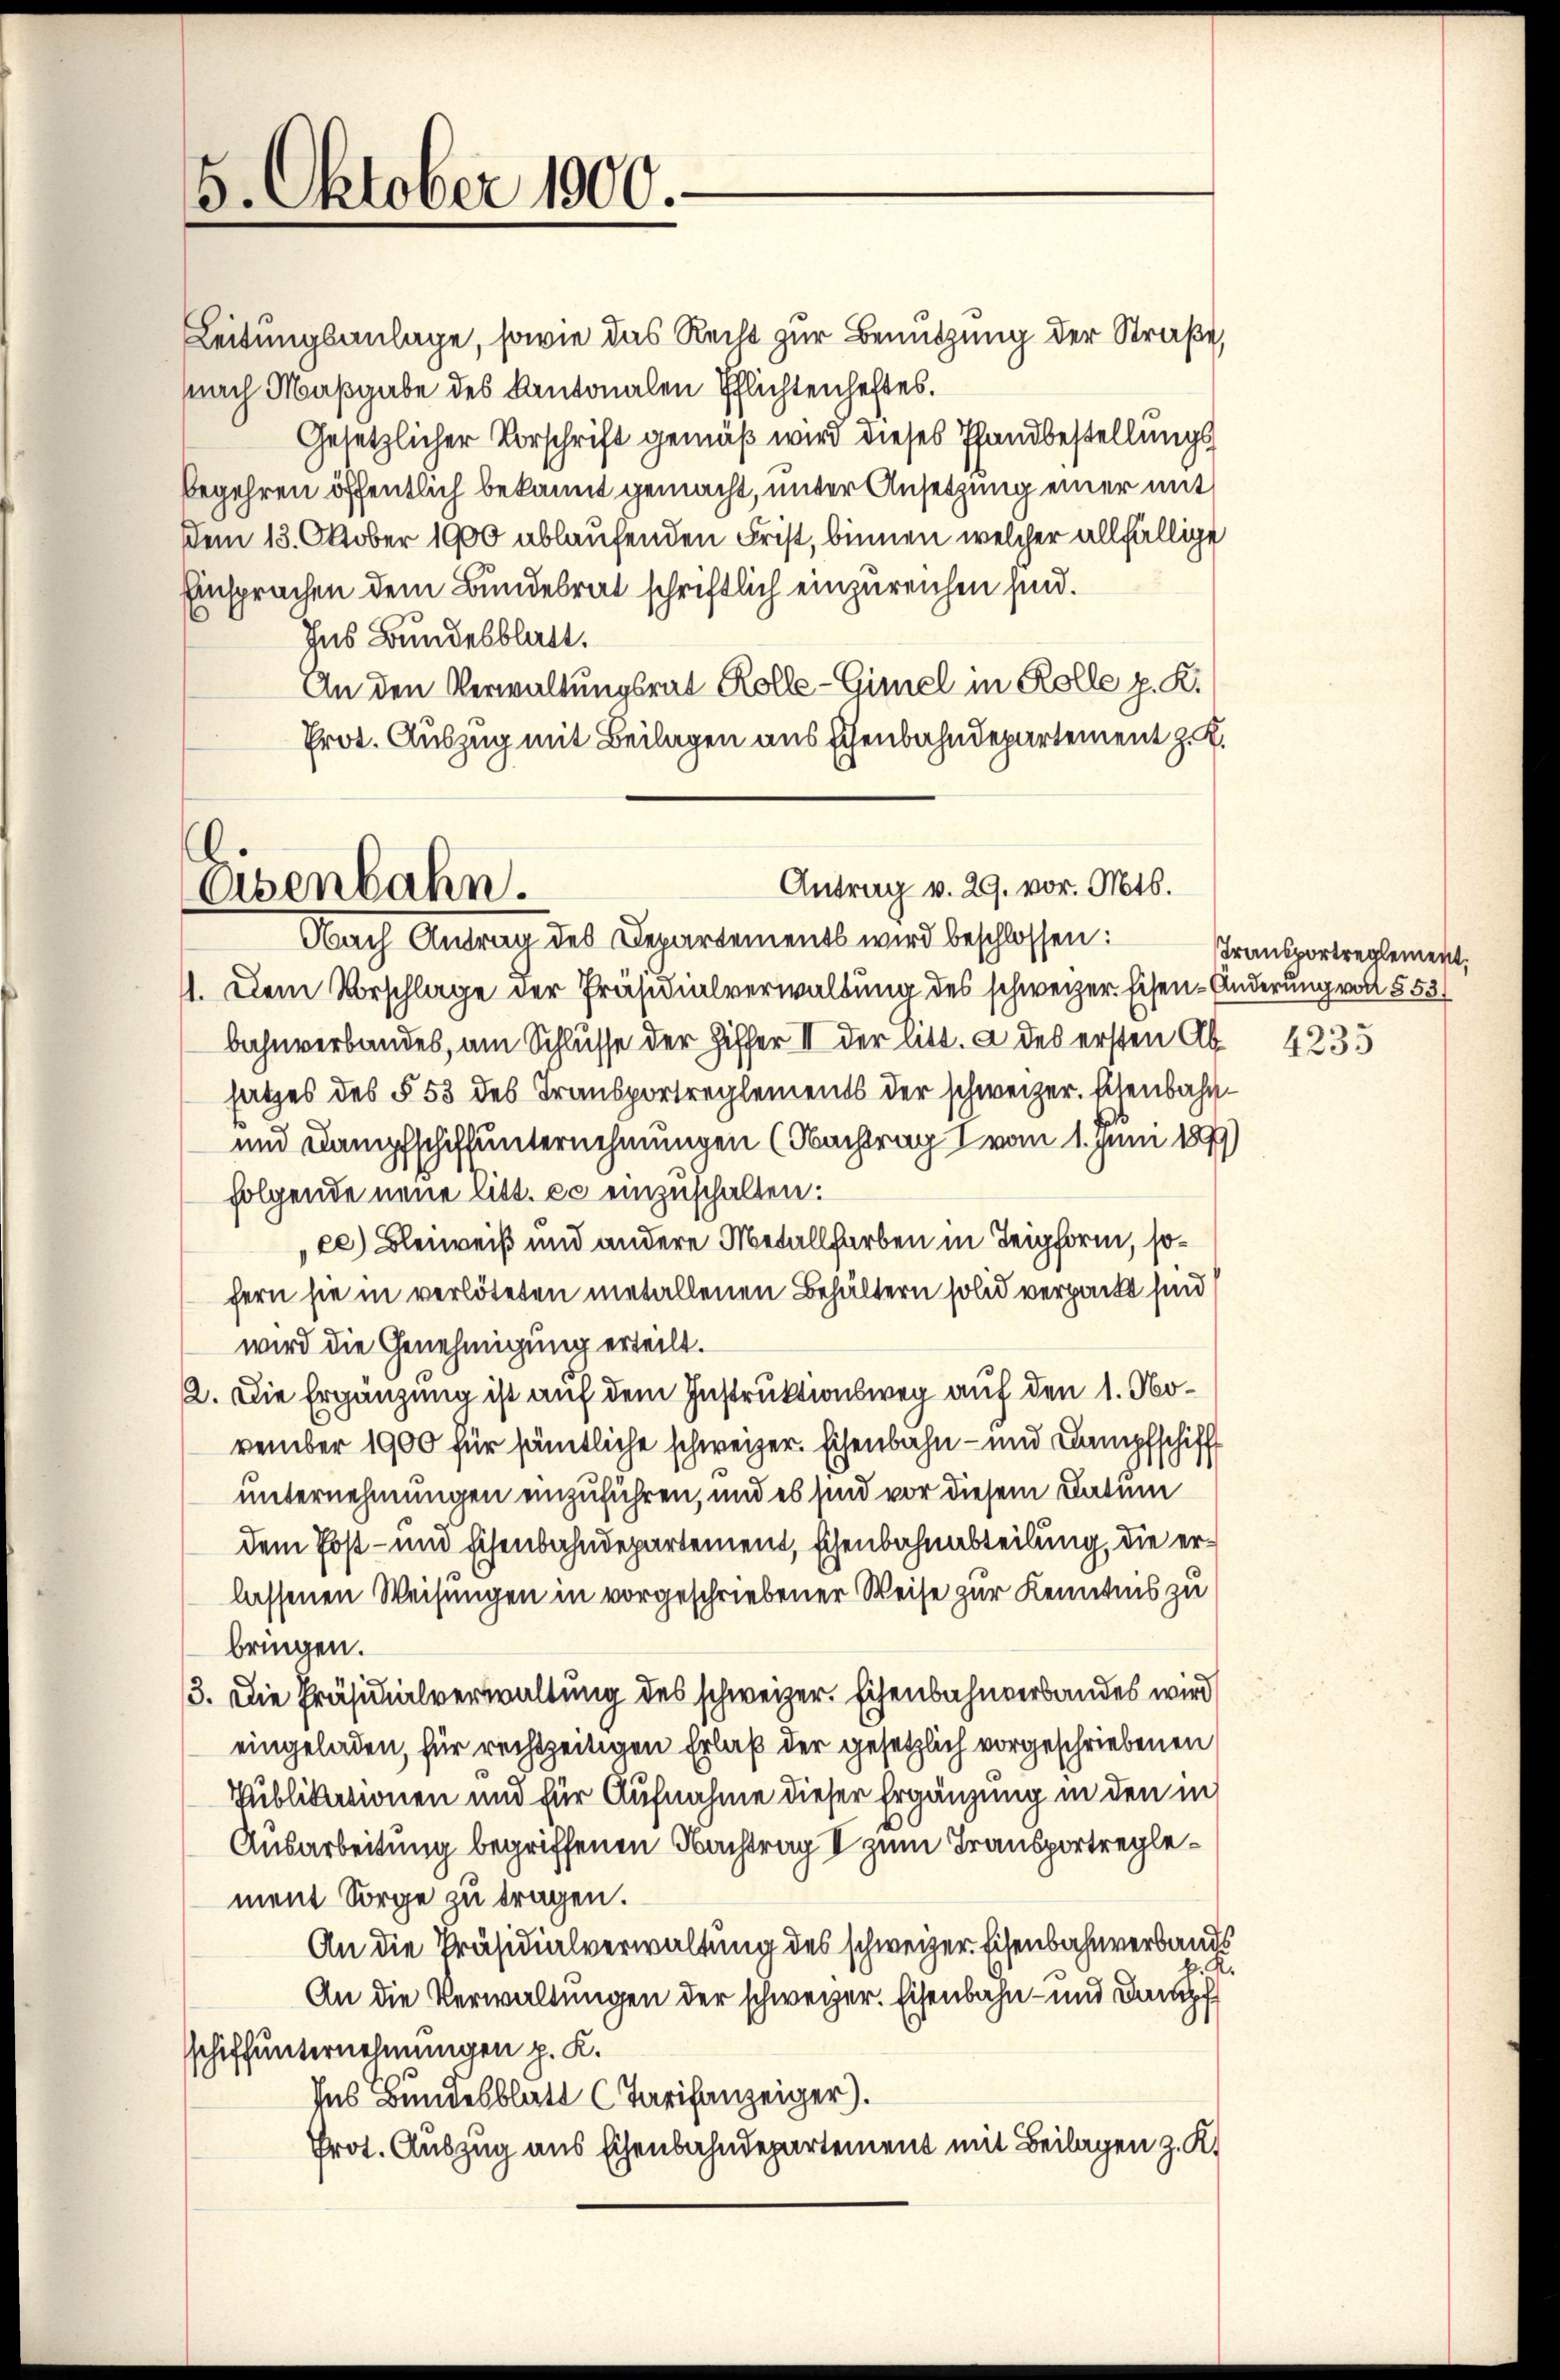
6. Oktober 1900.

Leitungsanlage, sowie das Recht zur Benutzung der Straße,
nach Maßgabe des Kantonalen Pflichtenheftes.
Gesetzlicher Vorschrift gemäß wird dieses Pfandbestellungsbegehren öffentlich bekannt gemacht, unter Ansetzung einer mit
dem 13. Oktober 1900 ablaufenden Frist, binnen welcher allfällige
Einsprachen dem Bundesrat schriftlich einzureichen sind.
Ins Bundesblatt.
An den Verwaltungsrat Kolle-Gimel in Rolle p. K.
Prot. Auszug mit Beilagen aus Eisenbahndepartement z. K.
.

Antrag v. 29. vor. Mts.
Osenbahn.
Nach Antrag des Departements wird beschlossen:

11. Dem Vorschlage der Präsidialverwaltung des schweizer. Eisen-Anderung von § 53
bahnverbandes, am Schlüsse der Ziffer II der litt. a des ersten Ab 4235
satzes des § 53 des Transportreglements der schweizer. Eisenbahn¬
und Dampfschaffunternehmungen (Nachtrag I vom 1. Juni 189
folgende neue litt. c. einzuschalten:
ce) Bleiweiß und andere Metallfarben in Teigform, sofern sie in verlöteten metallenen Behältern solid verpackt sind
wird die Genehmigung erteilt.
2. Die Ergänzung ist auf dem Instruktionsweg auf den 1. November 1900 für sämtliche schweizer. Eisenbahn- und Dampfschiff
unternehmungen einzuführen, und es sind vor diesem Datum
dem Post- und Eisenbahndepartement, Eisenbahnabteilung, die erlassenen Weisungen in vorgeschriebener Weise zur Kenntnis zu
bringen.
3. Die Präsidialverwaltung des schweizer. Eisenbahnverbandes wird
eingeladen, für rechtzeitigen Erlaß der gesetzlich vorgeschriebenen
Publikationen und für Aufnahme dieser Ergänzung in den in
Ausarbeitung begriffenen Nachtrag I zum Transportreglement Sorge zu tragen.
An die Präsidialverwaltung des schweizer Eisenbahnverbands
K.
An die Verwaltungen der schweizer. Eisenbahn- und Dampf
schiffunternehmungen p. K.
Ins Bundesblatt (Tarifanzeiger).
Prot. Auszug aus Eisenbahndepartement mit Beilagen z. K.

Transportreglement.